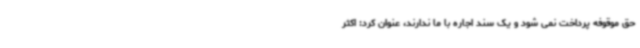
حق موقوفه پرداخت نمی شود و یک سند اجاره با ما ندارند، عنوان کرد: اکثر